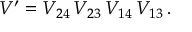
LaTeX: V ^ { \prime } = V _ { 2 4 } \, V _ { 2 3 } \, V _ { 1 4 } \, V _ { 1 3 } \, .